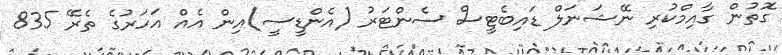
ގޮތުން ގާއިމްކުރި ނޭޝަނަލް ޑައިބެޓީސް ސެންޓަރު (އެންޑީސީ)އިން އެއް އަހަރުގެ ތެރޭ 835